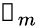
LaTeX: \boldsymbol{\mathscr{F}}_{m}